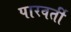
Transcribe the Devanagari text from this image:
पारवर्ती